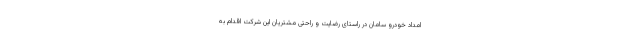
امداد خودرو سامان در راستای رضایت و راحتی مشتریان این شرکت اقدام به